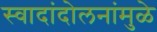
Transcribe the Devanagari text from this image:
स्वादांदोलनांमुळे